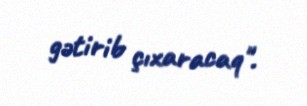
gətirib çıxaracaq".